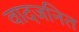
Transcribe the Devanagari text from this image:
वादजनित